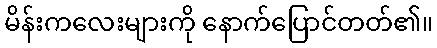
မိန်းကလေးများကို နောက်ပြောင်တတ်၏။